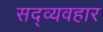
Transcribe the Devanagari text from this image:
सद्‍व्यवहार